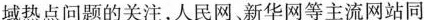
域热点问题的关注，人民网。新华网等主流网站同